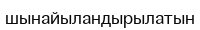
шынайыландырылатын